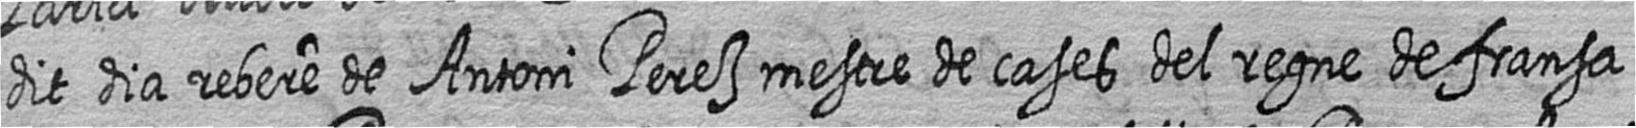
dit dia rebere de Antoni Perez mestre de cases del regne de fransa